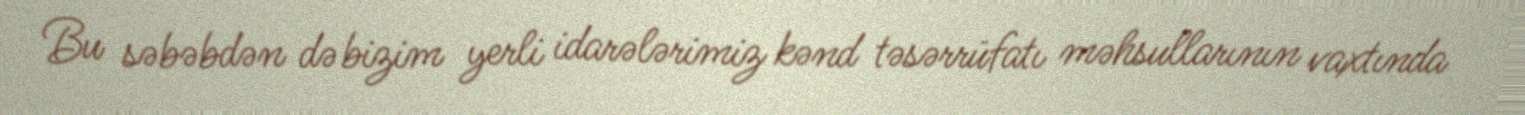
Bu səbəbdən də bizim yerli idarələrimiz kənd təsərrüfatı məhsullarının vaxtında